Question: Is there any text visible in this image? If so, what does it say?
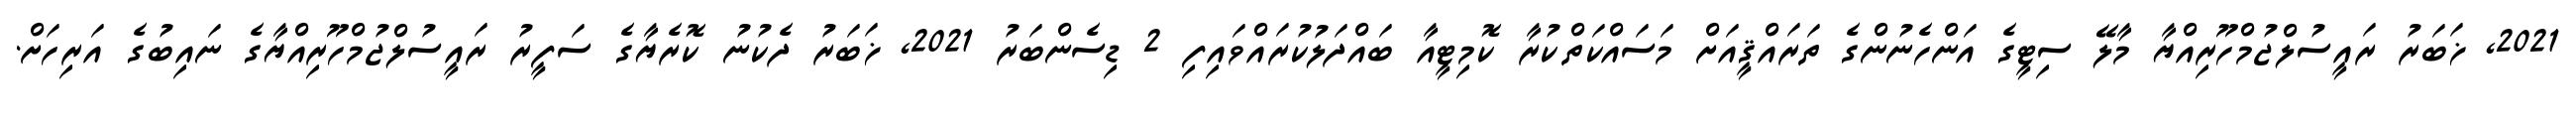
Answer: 2021, ޚަބަރު ރައީސުލްޖުމްހޫރިއްޔާ މާލޭ ސިޓީގެ އަންހެނުންގެ ތަރައްޤީއަށް މަސައްކަތްކުރާ ކޮމިޓީއާ ބައްދަލުކުރައްވައިފި 2 ޑިސެންބަރު 2021, ޚަބަރު ދެކުނު ކޮރެޔާގެ ސަފީރު ރައީސުލްޖުމްހޫރިއްޔާގެ ނައިބުގެ އަރިހަށް.